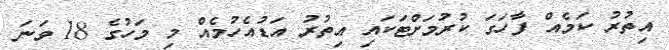
އިތުރު ކަމެއް ފާހަގަ ކުރުމަށްޓަކައި އިތުރު އަޑުއެހުމެއް މި މަހުގެ 18 ވަނަ